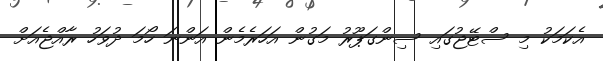
އެކަމަކު މި ސްޓޭޖުގައި ސިންގަޕޫރު މަގުން އަހަރެމެން އަންނަ ހޯމަ ދުވަހު ރާއްޖެއަށް